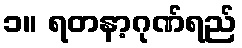
၁။ ရတနာ့ဂုဏ်ရည်